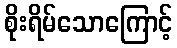
စိုးရိမ်သောကြောင့်